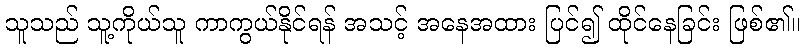
သူသည် သူ့ကိုယ်သူ ကာကွယ်နိုင်ရန် အသင့် အနေအထား ပြင်၍ ထိုင်နေခြင်း ဖြစ်၏။